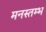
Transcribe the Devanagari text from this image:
मनस्तम्भ